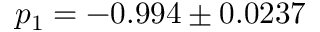
p _ { 1 } = - 0 . 9 9 4 \pm 0 . 0 2 3 7